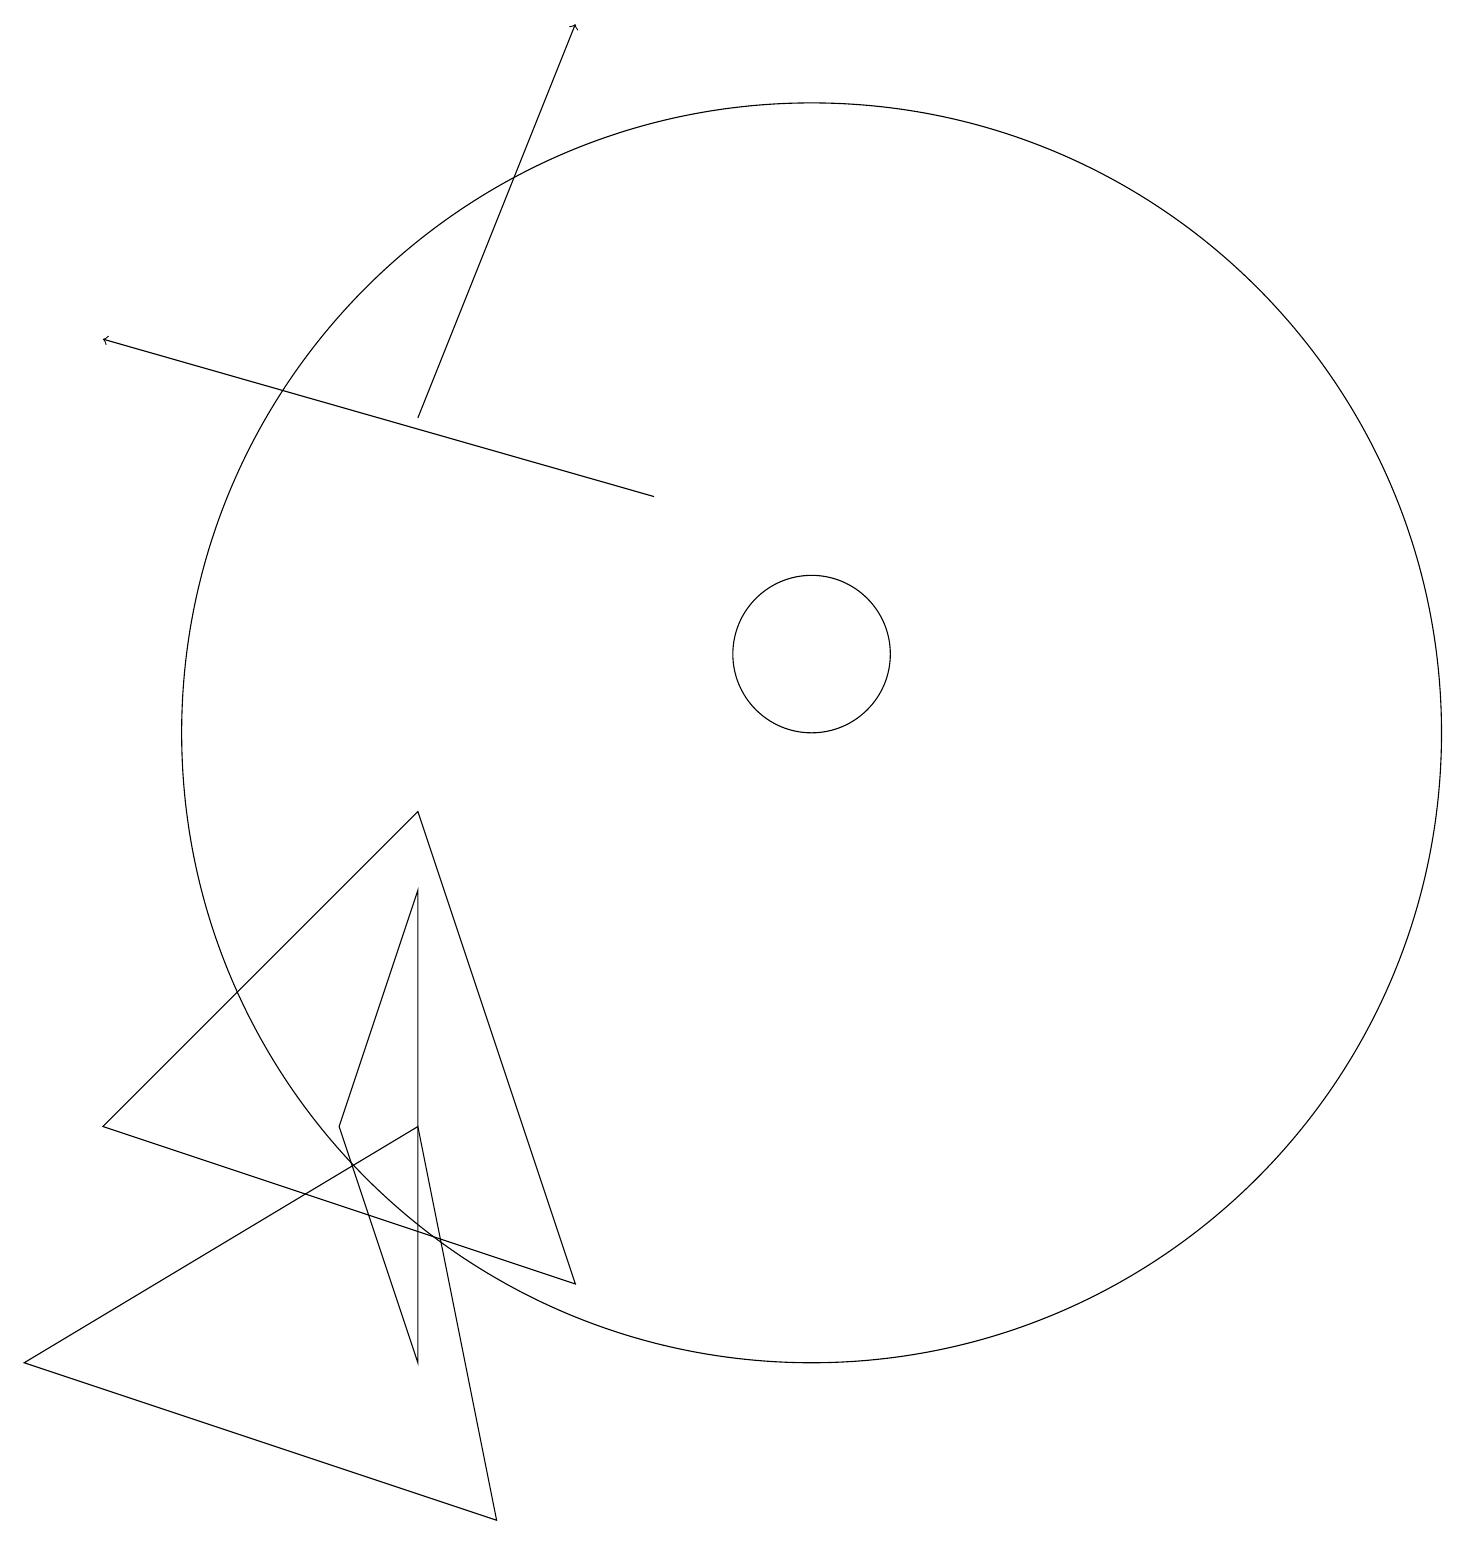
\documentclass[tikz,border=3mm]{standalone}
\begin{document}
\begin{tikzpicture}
\draw[->] (8,13) -- (1,15);
\draw (5,2) -- (5,8) -- (4,5) -- cycle;
\draw (10,11) circle (1);
\draw[->] (5,14) -- (7,19);
\draw (1,5) -- (5,9) -- (7,3) -- cycle;
\draw (6,0) -- (5,5) -- (0,2) -- cycle;
\draw (10,10) circle (8);
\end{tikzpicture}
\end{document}